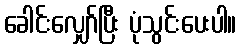
ခေါင်းလျှော်ပြီး ပုံသွင်းပေးပါ။